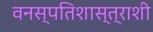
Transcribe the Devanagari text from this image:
वनस्पतिशास्त्राशी